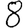
Digit: 8